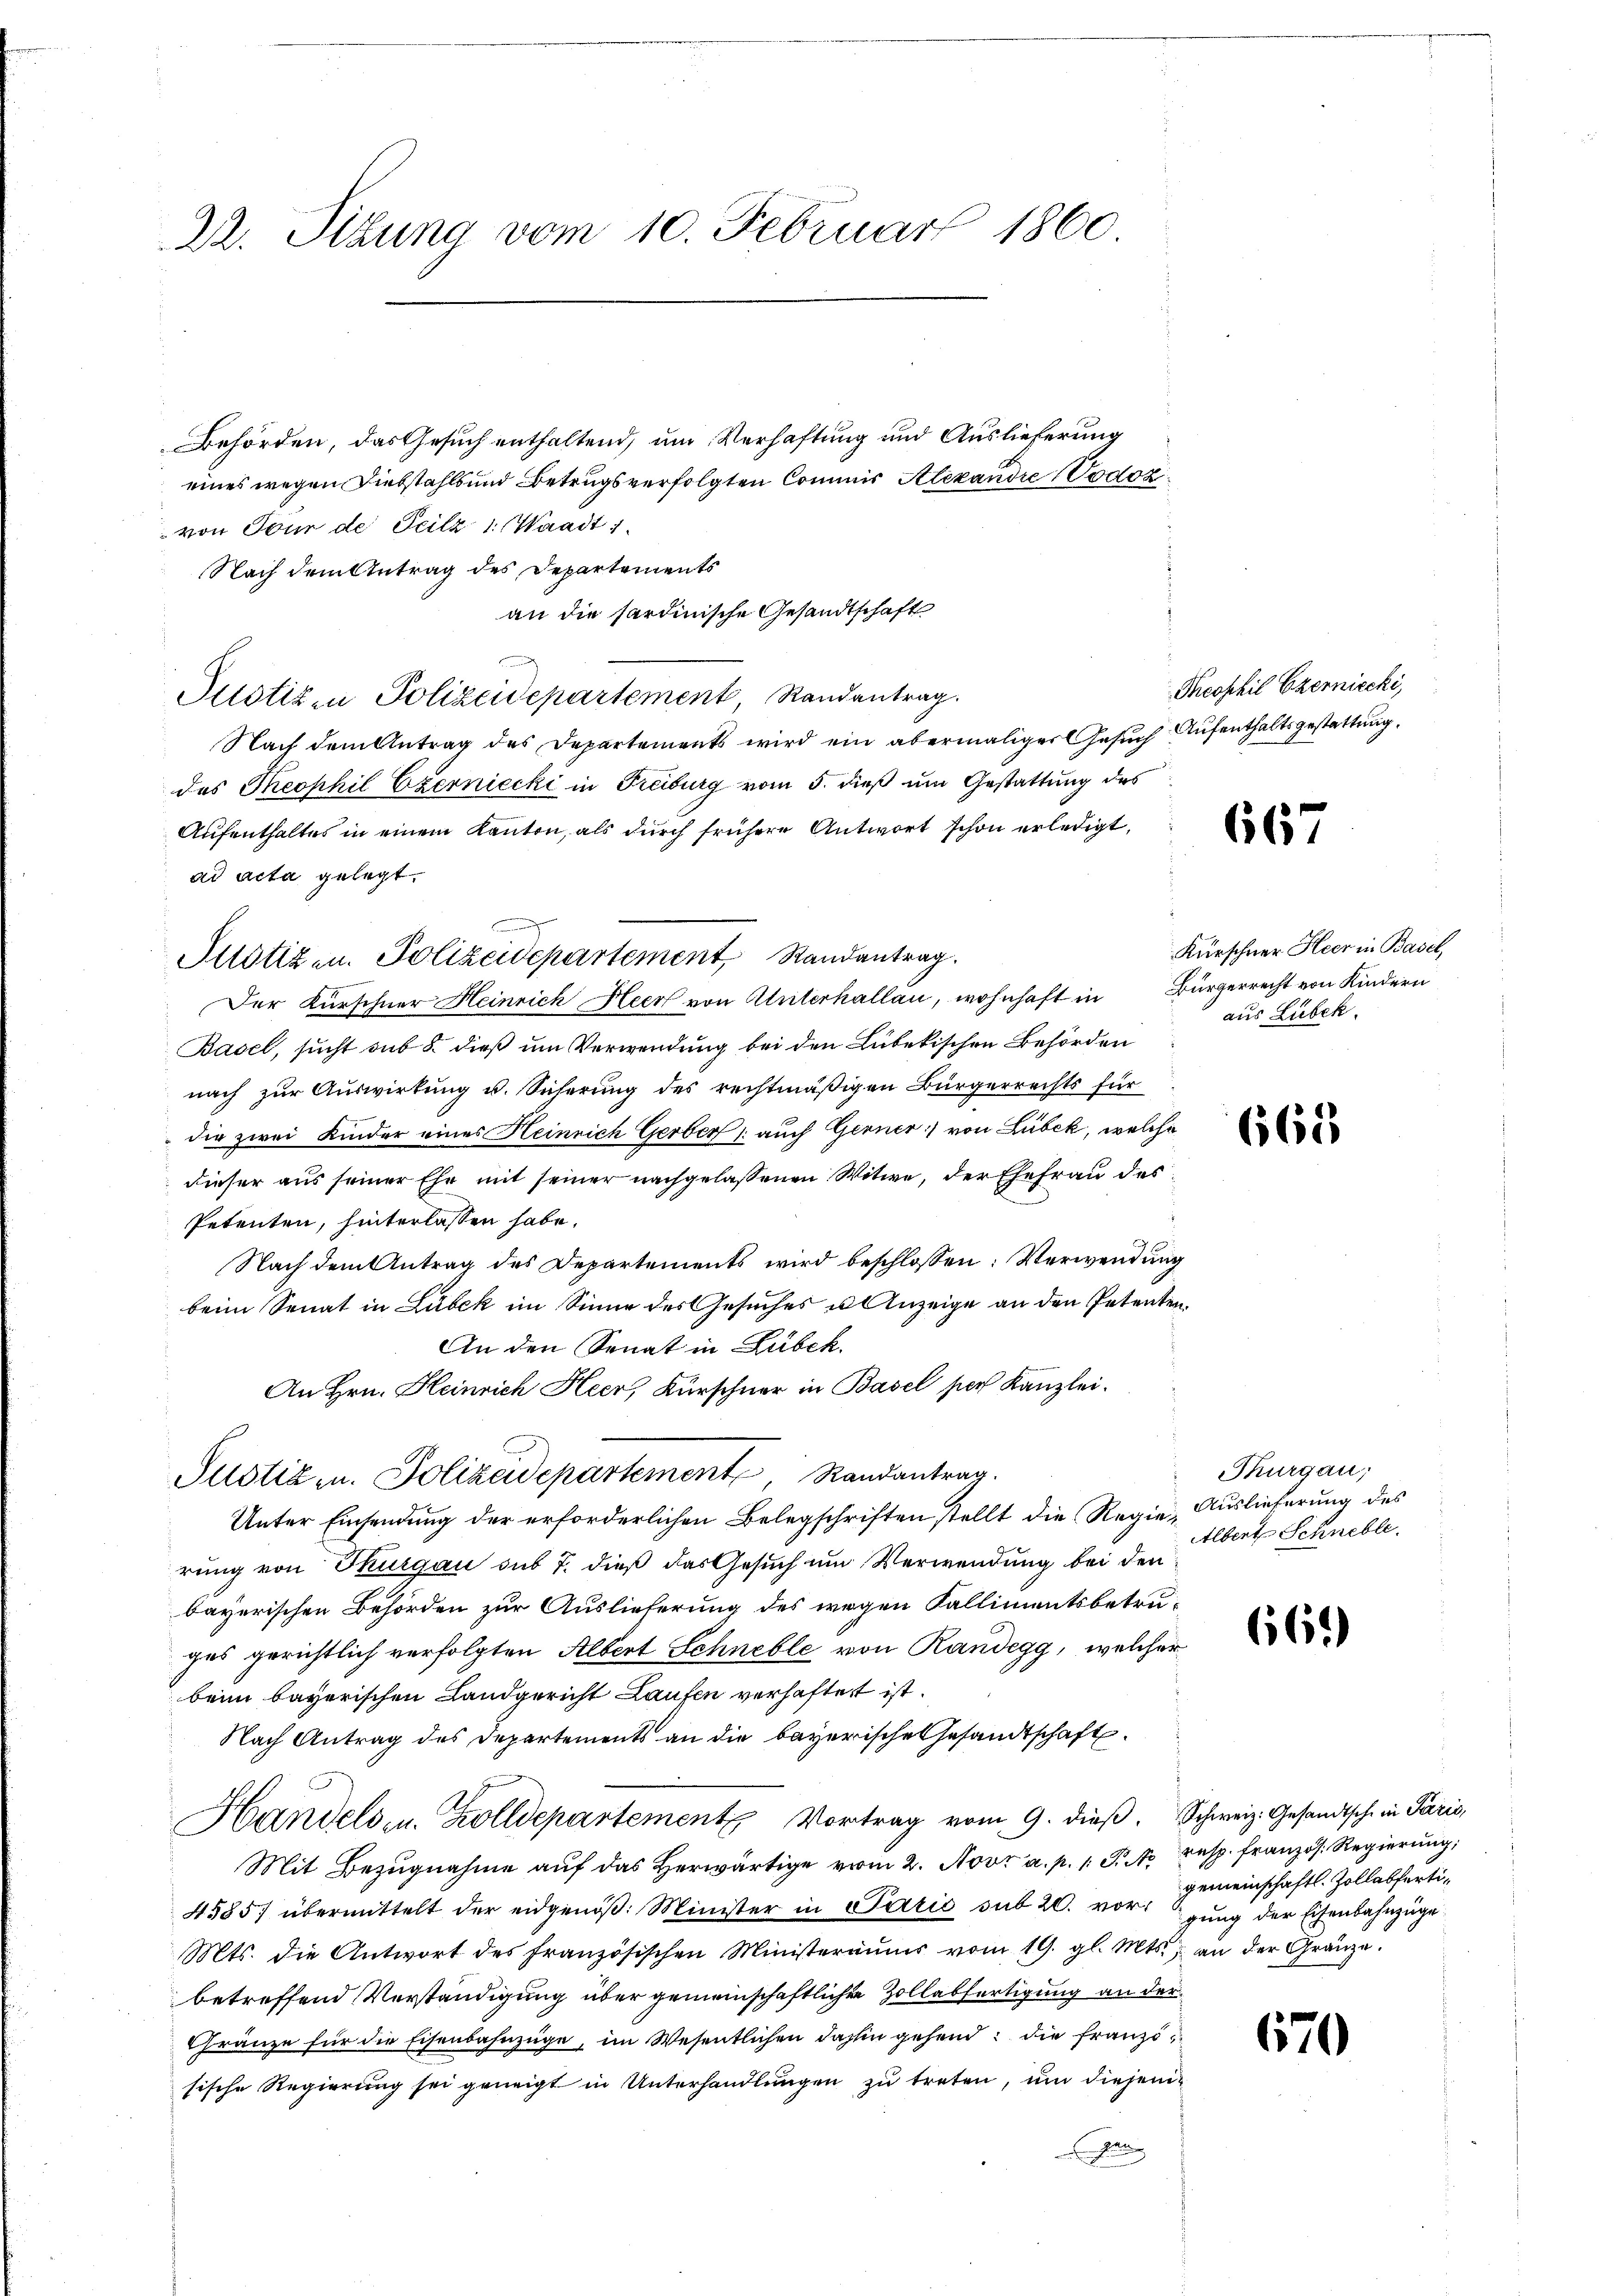
Dr. Sitzung vom 10. Februar 1860

Behörden, das Gesuch enthaltend, um Verhaftung und Auslieferung
eines wegen Diebstahls und Betrugsverfolgten Commis Alexandre (Codozvon Tour de Teilz 1 (Waadt
Nach dem Antrag des Departements
an die sardinische Gesandtschaft
Justiz in Polizeidepartement, Randantrag.
Nach dem Antrag des Departements wird ein abermaliger Gesuch Aufenthaltsgestattung.
des Theophil Czerniecki in Freiburg vom 5. dieß um Gestattung des
Aufenthaltes in einem Kanton, als durch frühere Antwort schon erledigt,
ad acta gelegt.
b
Potizen. Polizeidepartement Randantrag.
Der Kürschner Heinrich Heer von Unterhallau, wohnhaft in Bürgerrecht von Kindern
Basel, sucht sub 8. dieß um Verwendung bei den Lübekischen Behörden
nach zur Auswirkung u. Sicherung des rechtmäßigen Bürgerrechts für
 die zwei Kinder eines Heinrich Gerber /: auch Gerner:) von Lübek, welche
dieser aus seiner Ehr mit seiner nachgelassenen Witwe, der Ehefrau des
Petenten, hinterlassen habe.
Nach dem Antrag des Departements wird beschlossen: Verwendung
beim Senat in Lubek im Sinne des Gesuches u. Anzeige an den Petenten.
An den Senat in Lübeck.
An Hrn. Heinrich Heer, Kürschner in Basel per Kanzlei.
Justiz- u. Polizeidepartement Randantrag.
Unter Einsendung der erforderlichen Belegschriften stellt die Regie-Auslieferung des
rung von Thurgau sub 7. dieß das Gesuch um Verwendung bei den
bayerischen Behörden zur Auslieferung des wegen Fallimentsbetruges gerichtlich verfolgten Albert Schnelle von Randegg, welcher
beim bayerischen Landgericht Laufen verhaftet ist.
Nach Antrag des Departements an die bayerisches Gesandtschaft
Handels- u. Zolldepartement Vortrag vom 9. dieβ. Schweiz. Gesandtsche in Paris,
Mit Bezŭgnahme aŭf das herwärtige vom 2. Nov. a. p. 1. P. M. resp. französ. Regierŭng,
4585/ übermittelt der eidgenöβ: Minister in Paris sub 20. vorgung der Eisenbahnzüge
Mts. die Antwort des französischen Ministeraŭms vom 19. gl. Mts. an der Gränze.
betreffend Verständigung über gemeinschaftlichen Zollabfertigung an der
Gränze für die Eisenbahnzüge, im Wesentlichen dahin gehend: die französische Regierung sei geneigt in Unterhandlungen zu treten, um diejengen

Theophil Czernicchi,

667

Kürschner Heer in Basel,
aus Lubek.

668

Thurgau,
Albert Schnelle.

66.)

gemeinschaftl. Zollabferti¬

670